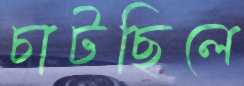
চাটছিলে